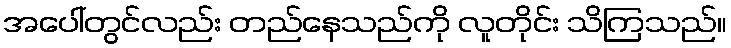
အပေါ်တွင်လည်း တည်နေသည်ကို လူတိုင်း သိကြသည်။